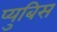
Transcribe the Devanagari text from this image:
प्युबिस